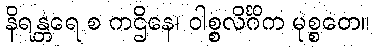
နိရန္တရေ စ ကဌိနေ၊ ဝါစ္စလိင်္ဂိက မုစ္စတေ။